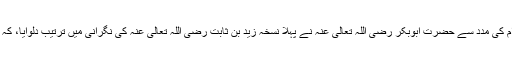
رسول اکرم صلعم کی موجودگی میں ان لکھوائے ہوئے اوراق کی مدد سے اور حفاظ کرام کی مدد سے حضرت ابوبکر رضی اللہ تعالی عنہ نے پہلا نسخہ زید بن ثابت رضی اللہ تعالی عنہ کی نگرانی میں ترتیب دلوایا، کہ زید بن ثابت رضی اللہ تعالی عنہ کو رسول اکرم خود لکھوایا کرتے تھے (‌حوالہ نیچے)۔